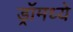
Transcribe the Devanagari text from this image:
ड्रॉमध्ये